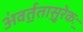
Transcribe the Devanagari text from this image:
अ॑वर्त॒तासु॒रेकः॒